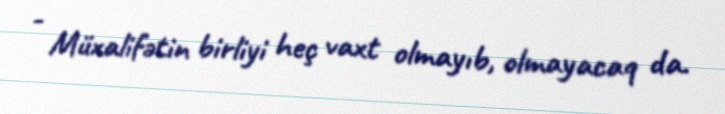
- Müxalifətin birliyi heç vaxt olmayıb, olmayacaq da.